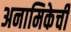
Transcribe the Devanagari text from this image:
अनामिकेची